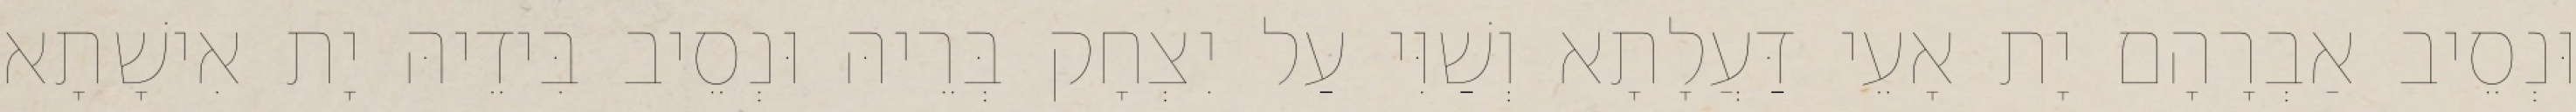
וּנְסֵיב אַבְרָהָם יָת אָעֵי דַּעֲלָתָא וְשַׁוִּי עַל יִצְחָק בְּרֵיהּ וּנְסֵיב בִּידֵיהּ יָת אִישָׁתָא